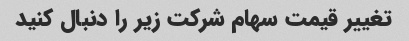
تغییر قیمت سهام شرکت زیر را دنبال کنید